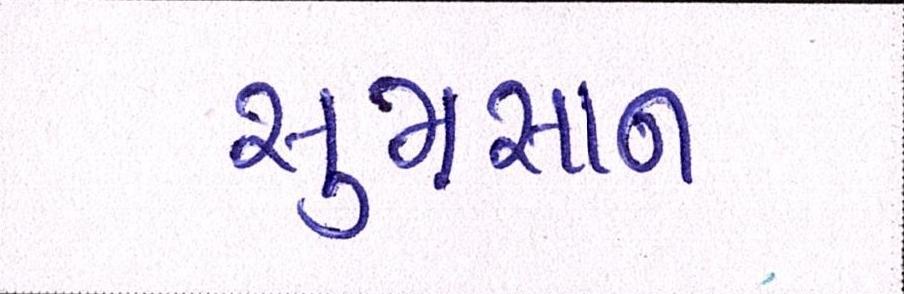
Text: સુમસાન